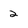
Character: 2